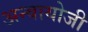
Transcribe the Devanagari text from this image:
अन्वायोजी